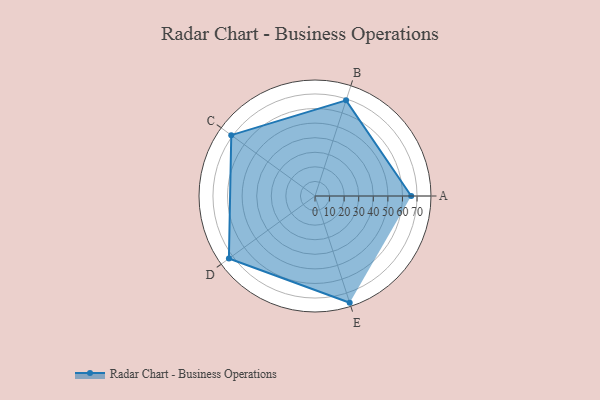
{"axis": {"x": "Skill", "y": "Score"}, "legend": ["Profile"], "data": [{"x": "A", "y": 66.0, "type": "Profile"}, {"x": "B", "y": 69.0, "type": "Profile"}, {"x": "C", "y": 71.0, "type": "Profile"}, {"x": "D", "y": 73.0, "type": "Profile"}, {"x": "E", "y": 77.0, "type": "Profile"}]}